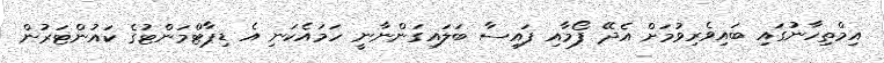
އިމްތިހާނުގައި ބައިވެރިވުމަށް އެދޭ ފޯމާއި ފައިސާ ބަލައިގަންނާނީ ހަމައެކަނި އެ ޑިޕާޓްމަންޓުގެ ކައުންޓަރުން